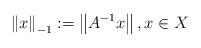
LaTeX: \begin{align*}\left\|x\right\|_{-1}:=\left\|A^{-1}x\right\|,x\in X\end{align*}